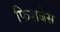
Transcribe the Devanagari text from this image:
फिशबेस